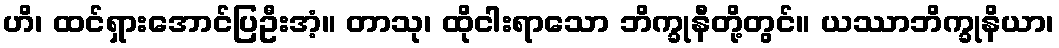
ဟိ၊ ထင်ရှားအောင်ပြဦးအံ့။ တာသု၊ ထိုငါးရာသော ဘိက္ခုနီတို့တွင်။ ယဿာဘိက္ခုနိယာ၊